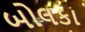
બોલકા